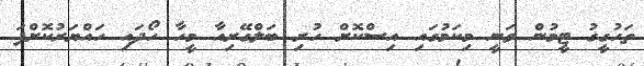
ތަހުގީގު ޓީމުން ވަނީ މިކަމުގައި އިސްކޮށް ހުރި ބަލްގޭރިއާ މީހާ ހޯދައި ހައްޔަރުކޮށްފަ